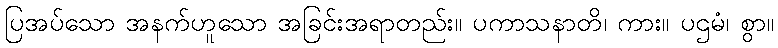
ပြအပ်သော အနက်ဟူသော အခြင်းအရာတည်း။ ပကာသနာတိ၊ ကား။ ပဌမံ၊ စွာ။